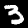
Label: 3